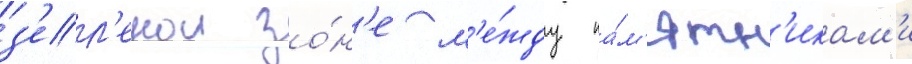
з'ел'енои зо́н'е м'е́жду па́м'ятн'икам'и